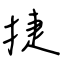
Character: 捷